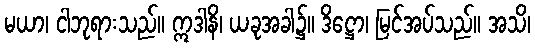
မယာ၊ ငါဘုရားသည်။ ဣဒါနိ၊ ယခုအခါ၌။ ဒိဋ္ဌော၊ မြင်အပ်သည်။ အသိ၊